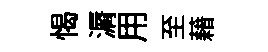
愒漘用至藉